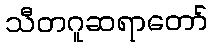
သီတဂူဆရာတော်